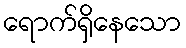
ရောက်ရှိနေသော